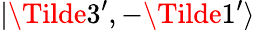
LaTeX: |\Tilde{3^{\prime}},-\Tilde{1^{\prime}}\rangle